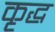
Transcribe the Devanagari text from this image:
कृद्ध